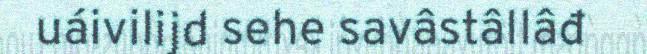
uáivilijd sehe savâstâllâđ